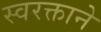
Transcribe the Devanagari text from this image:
स्‍वरक्ताने